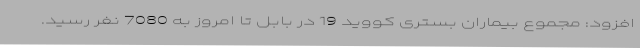
افزود: مجموع بیماران بستری کووید 19 در بابل تا امروز به 7080 نفر رسید.